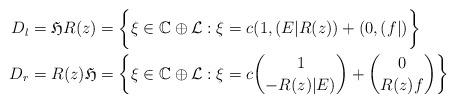
LaTeX: \begin{align*} D_l &= \mathfrak{H}R(z)=\bigg\{ \xi\in \mathbb{C}\oplus \mathcal{L}:\xi = c(1,(E|R(z))+(0,(f|)\bigg\} \\ D_r& = R(z)\mathfrak{H}=\bigg\{ \xi\in \mathbb{C}\oplus \mathcal{L}:\xi = c\binom{1}{-R(z)|E)}+\binom{0}{R(z)f}\bigg\}\end{align*}